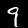
Label: 9